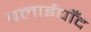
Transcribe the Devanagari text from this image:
बलाईचाँद